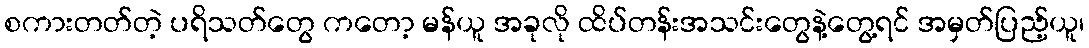
စကားတတ်တဲ့ ပရိသတ်တွေ ကတော့ မန်ယူ အခုလို ထိပ်တန်းအသင်းတွေနဲ့တွေ့ရင် အမှတ်ပြည့်ယူ၊